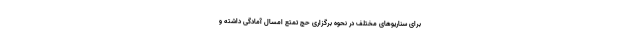
برای سناریوهای مختلف در نحوه برگزاری حج تمتع امسال آمادگی داشته و